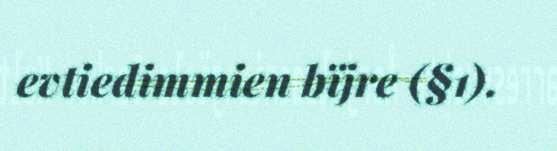
evtiedimmien bïjre (§1).